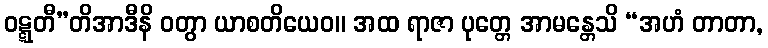
ဝဋ္ဋတီ”တိအာဒီနိ ဝတွာ ယာစတိယေဝ။ အထ ရာဇာ ပုတ္တေ အာမန္တေသိ “အဟံ တာတာ,